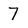
Character: 7